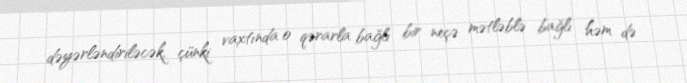
dəyərləndiriləcək, çünki vaxtında o qərarla bağlı bir neçə mətləblə bağlı həm də